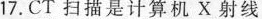
17.CT扫描是计算机X射线